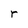
Character: r